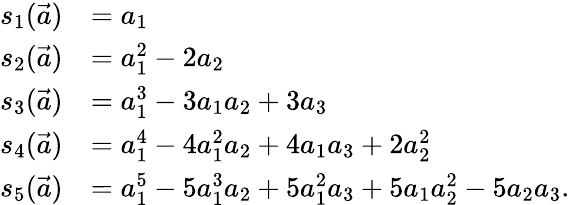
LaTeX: \begin{array}{rl}{s_{1}(\vec{a})}&{=a_{1}}\\ {s_{2}(\vec{a})}&{=a_{1}^{2}-2a_{2}}\\ {s_{3}(\vec{a})}&{=a_{1}^{3}-3a_{1}a_{2}+3a_{3}}\\ {s_{4}(\vec{a})}&{=a_{1}^{4}-4a_{1}^{2}a_{2}+4a_{1}a_{3}+2a_{2}^{2}}\\ {s_{5}(\vec{a})}&{=a_{1}^{5}-5a_{1}^{3}a_{2}+5a_{1}^{2}a_{3}+5a_{1}a_{2}^{2}-5a_{2}a_{3}.}\end{array}